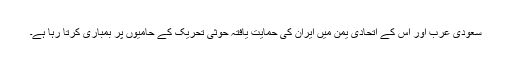
سعودی عرب اور اس کے اتحادی یمن میں ایران کی حمایت یافتہ حوثی تحریک کے حامیوں پر بمباری کرتا رہا ہے۔